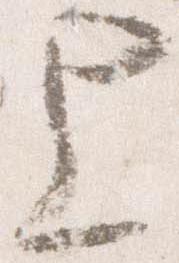
上